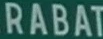
RABAT